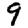
Digit: 9